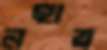
নহায়